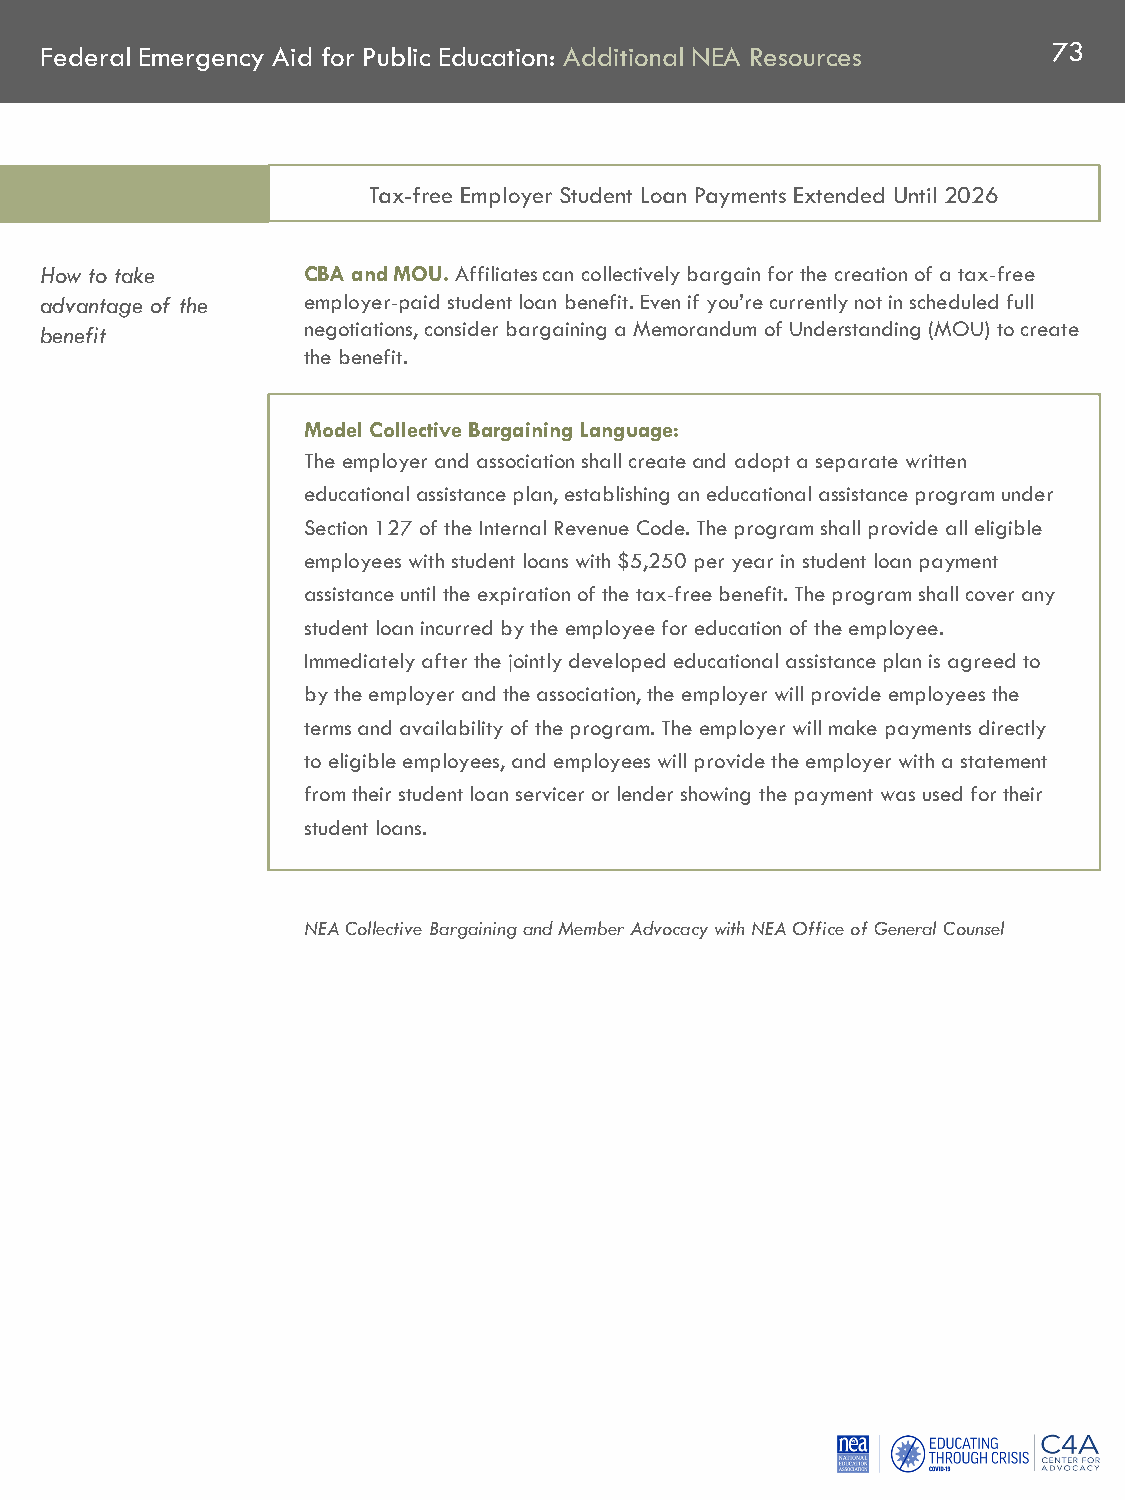
Federal Emergency Aid for Public Education: Additional NEA Resources 73
 Tax-free Employer Student Loan Payments Extended Until 2026
 How to take      CBA and MOU. Affiliates can collectively bargain for the creation of a tax-free
 advantage of the employer-paid student loan benefit. Even if you’re currently not in scheduled full
 benefit          negotiations, consider bargaining a Memorandum of Understanding (MOU) to create
 the benefit.
 Model Collective Bargaining Language:
 The employer and association shall create and adopt a separate written
 educational assistance plan, establishing an educational assistance program under
 Section 127 of the Internal Revenue Code. The program shall provide all eligible
 employees with student loans with $5,250 per year in student loan payment
 assistance until the expiration of the tax-free benefit. The program shall cover any
 student loan incurred by the employee for education of the employee.
 Immediately after the jointly developed educational assistance plan is agreed to
 by the employer and the association, the employer will provide employees the
 terms and availability of the program. The employer will make payments directly
 to eligible employees, and employees will provide the employer with a statement
 from their student loan servicer or lender showing the payment was used for their
 student loans.
 NEA Collective Bargaining and Member Advocacy with NEA Office of General Counsel